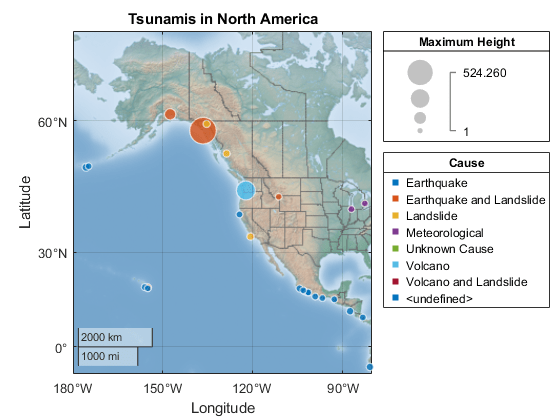
matlab, geoplot, geolimits, geobasemap, geobubble